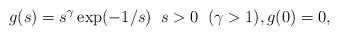
\begin{align*}g (s) = s^{\gamma} \exp(-1/s) \; \; s > 0 \;\; (\gamma > 1), g(0) = 0,\end{align*}